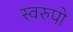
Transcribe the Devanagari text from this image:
स्वरुपो